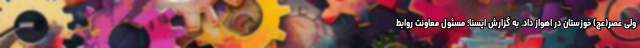
ولی عصر(عج) خوزستان در اهواز داد. به گزارش ایسنا؛ مسئول معاونت روابط